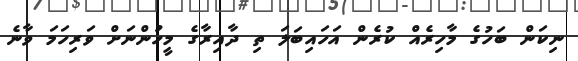
ނިކަން ބަހުގެ މާހިރެއް ކުރެން އަހައިބަލަ ތި ދާއިރާގެ މީހުންނަށް ވަރިހަމަ ވާނެ